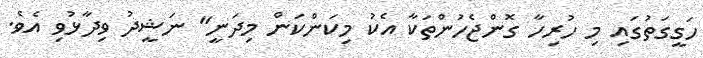
ހަގީގަތުގައި މި ހުރިހާ ގޮންޖެހުންތަކާ އެކު މިކަންކަން މިދަނީ" ނަޝީދު ވިދާޅުވި އެވެ.